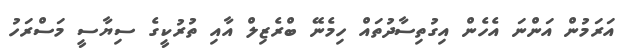
އަރަމުން އަންނަ އެހެން އިގުތިސާދުތައް ހިމެނޭ ބްރެޒިލް އާއި ތުރުކީގެ ސިޔާސީ މަސްރަހު